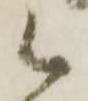
候